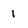
Character: i